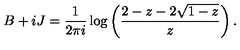
B + i J = \frac 1 { 2 \pi i } \log \left( \frac { 2 - z - 2 \sqrt { 1 - z } } z \right) .